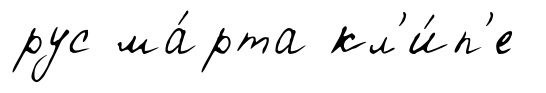
рус ма́рта кл'и́п'е